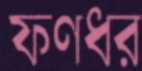
ফণধর